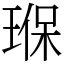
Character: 𤦸